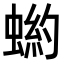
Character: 𧎒